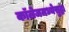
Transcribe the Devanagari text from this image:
कॉलेजमध्येसुद्धा